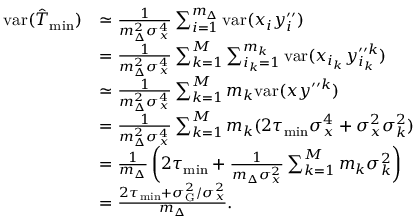
\begin{array} { r l } { \mathrm { v a r } ( \hat { T } _ { \mathrm { m i n } } ) } & { \simeq \frac { 1 } { m _ { \Delta } ^ { 2 } \sigma _ { x } ^ { 4 } } \sum _ { i = 1 } ^ { m _ { \Delta } } \mathrm { v a r } ( x _ { i } y _ { i } ^ { \prime \prime } ) } \\ & { = \frac { 1 } { m _ { \Delta } ^ { 2 } \sigma _ { x } ^ { 4 } } \sum _ { k = 1 } ^ { M } \sum _ { i _ { k } = 1 } ^ { m _ { k } } \mathrm { v a r } ( x _ { i _ { k } } y _ { i _ { k } } ^ { \prime \prime k } ) } \\ & { \simeq \frac { 1 } { m _ { \Delta } ^ { 2 } \sigma _ { x } ^ { 4 } } \sum _ { k = 1 } ^ { M } m _ { k } \mathrm { v a r } ( x y ^ { \prime \prime k } ) } \\ & { = \frac { 1 } { m _ { \Delta } ^ { 2 } \sigma _ { x } ^ { 4 } } \sum _ { k = 1 } ^ { M } m _ { k } ( 2 \tau _ { \mathrm { m i n } } \sigma _ { x } ^ { 4 } + \sigma _ { x } ^ { 2 } \sigma _ { k } ^ { 2 } ) } \\ & { = \frac { 1 } { m _ { \Delta } } \left( 2 \tau _ { \mathrm { m i n } } + \frac { 1 } { m _ { \Delta } \sigma _ { x } ^ { 2 } } \sum _ { k = 1 } ^ { M } m _ { k } \sigma _ { k } ^ { 2 } \right) } \\ & { = \frac { 2 \tau _ { \mathrm { m i n } } + \sigma _ { \mathrm { G } } ^ { 2 } / \sigma _ { x } ^ { 2 } } { m _ { \Delta } } . } \end{array}